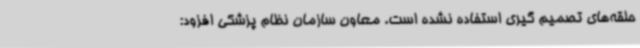
حلقه‌های تصمیم گیری استفاده نشده است. معاون سازمان نظام پزشکی افزود: